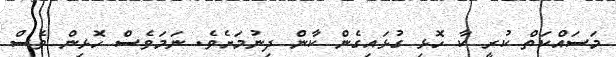
މަސައްކަތް ކުރީ ކާ ހޮޅި ގުޅައިގެން ކާން ދިނުމަށެވެ. ނަމަވެސް ހޮޅިން ވެސް